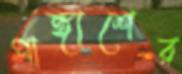
পাঙ্গাশের